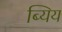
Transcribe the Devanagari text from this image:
ब्यिय